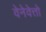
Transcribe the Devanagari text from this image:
वेनेवेत्तो